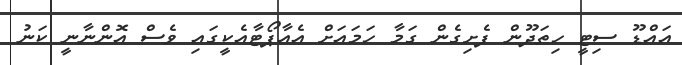
އައްޑޫ ސިޓީ ހިތަދޫން ފެށިގެން ގަމާ ހަމައަށް އެއާޕޯޓާއެކީގައި ވެސް އޮންނާނީ ކަނު